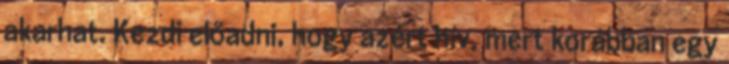
akarhat. Kezdi előadni, hogy azért hív, mert korábban egy